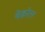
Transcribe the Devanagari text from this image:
बेक्वरेल